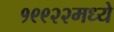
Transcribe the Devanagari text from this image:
१९९२२मध्ये